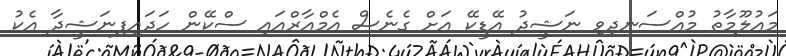
މައުލޫމާތު މުއްސަނދިވި ނަޝީދު އޭޑީކޭ އަށް ގެނެސް އެމްއާރްއައި ސްކޭން ހަދައިފިނަޝީދާ އެކު